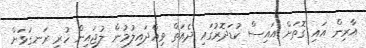
އާރިން އައި ގޮތަށް އައިސް ކުޑަދޮރުގައި ދެއަތް ވިއްދައިލުމުން ލުޖައިން ހުރީ ރަނގަޅަށް